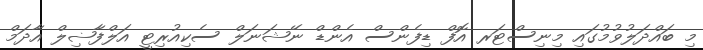
މި ބައްދަލުވުމުގައި މިނިސްޓަރ އޮފް ޑިފެންސް އެންޑް ނޭޝަނަލް ސެކިއުރިޓީ އަލްފާޟިލް އާދަމް